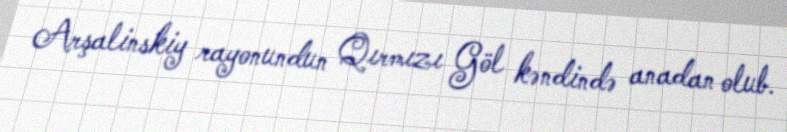
Arşalinskiy rayonundun Qırmızı Göl kəndində anadan olub.